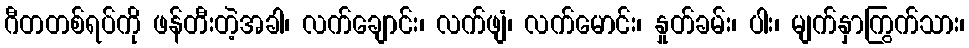
ဂီတတစ်ရပ်ကို ဖန်တီးတဲ့အခါ၊ လက်ချောင်း၊ လက်ဖျံ၊ လက်မောင်း၊ နှုတ်ခမ်း၊ ပါး၊ မျက်နှာကြွက်သား၊